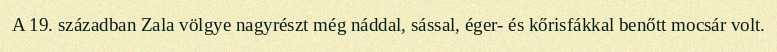
A 19. században Zala völgye nagyrészt még náddal, sással, éger- és kőrisfákkal benőtt mocsár volt.